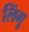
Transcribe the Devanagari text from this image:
लिंगू